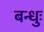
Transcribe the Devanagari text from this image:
बन्धुः